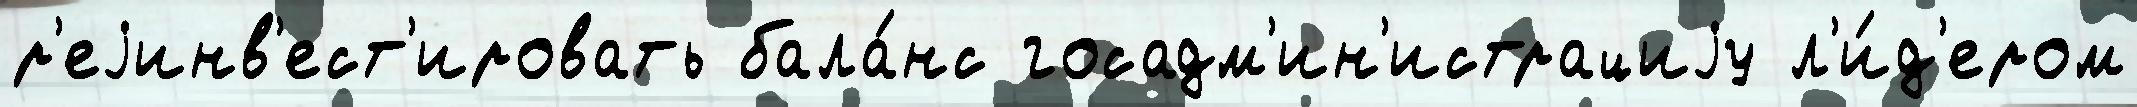
р'еjинв'ест'ировать бала́нс госадм'ин'истрациjу л'и́д'ером